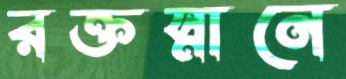
রক্তস্নানে